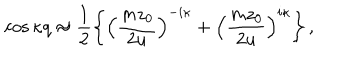
\cos { \kappa q } \approx \frac 1 2 \left\{ \left( \frac { m z _ { 0 } } { 2 u } \right) ^ { - i \kappa } + \left( \frac { m z _ { 0 } } { 2 u } \right) ^ { i \kappa } \right\} ,